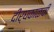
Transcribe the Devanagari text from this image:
दीर्घकाळची